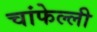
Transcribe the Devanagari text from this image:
चांफेल्ली